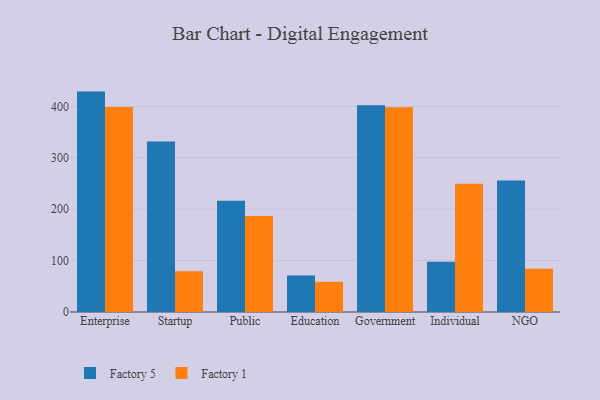
{"axis": {"x": "Segment", "y": "Revenue (USD Million)"}, "legend": ["Factory 1", "Factory 5"], "data": [{"x": "Enterprise", "y": 429.1, "type": "Factory 5"}, {"x": "Enterprise", "y": 398.9, "type": "Factory 1"}, {"x": "Startup", "y": 331.9, "type": "Factory 5"}, {"x": "Startup", "y": 79.1, "type": "Factory 1"}, {"x": "Public", "y": 216.6, "type": "Factory 5"}, {"x": "Public", "y": 186.8, "type": "Factory 1"}, {"x": "Education", "y": 70.9, "type": "Factory 5"}, {"x": "Education", "y": 58.8, "type": "Factory 1"}, {"x": "Government", "y": 402.6, "type": "Factory 5"}, {"x": "Government", "y": 398.4, "type": "Factory 1"}, {"x": "Individual", "y": 97.8, "type": "Factory 5"}, {"x": "Individual", "y": 249.6, "type": "Factory 1"}, {"x": "NGO", "y": 256.0, "type": "Factory 5"}, {"x": "NGO", "y": 84.4, "type": "Factory 1"}]}